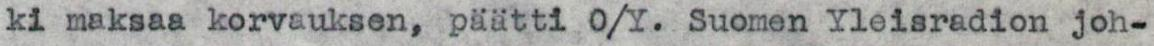
ki maksaa korvauksen, päätti O/Y. Suomen Yleisradion joh-